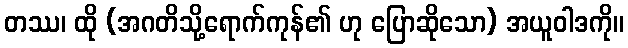
တဿ၊ ထို (အဂတိသို့ရောက်ကုန်၏ ဟု ပြောဆိုသော) အယူဝါဒကို။